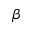
\beta